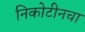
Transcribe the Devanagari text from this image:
निकोटीनचा